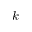
k